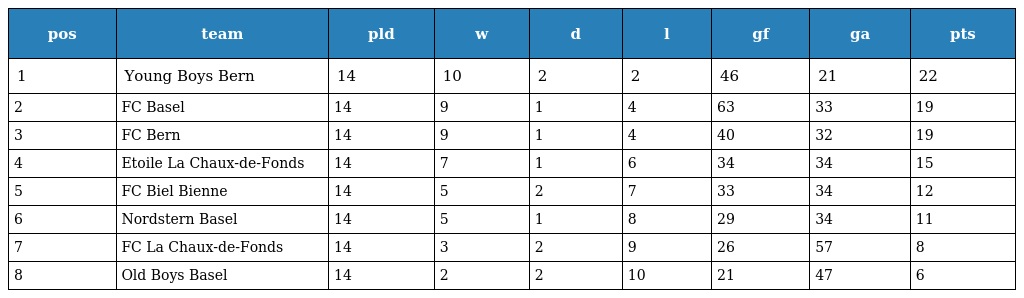
| pos | team | pld | w | d | l | gf | ga | pts |
 | --- | --- | --- | --- | --- | --- | --- | --- | --- |
 | 1 | Young Boys Bern | 14 | 10 | 2 | 2 | 46 | 21 | 22 |
 | 2 | FC Basel | 14 | 9 | 1 | 4 | 63 | 33 | 19 |
 | 3 | FC Bern | 14 | 9 | 1 | 4 | 40 | 32 | 19 |
 | 4 | Etoile La Chaux-de-Fonds | 14 | 7 | 1 | 6 | 34 | 34 | 15 |
 | 5 | FC Biel Bienne | 14 | 5 | 2 | 7 | 33 | 34 | 12 |
 | 6 | Nordstern Basel | 14 | 5 | 1 | 8 | 29 | 34 | 11 |
 | 7 | FC La Chaux-de-Fonds | 14 | 3 | 2 | 9 | 26 | 57 | 8 |
 | 8 | Old Boys Basel | 14 | 2 | 2 | 10 | 21 | 47 | 6 |